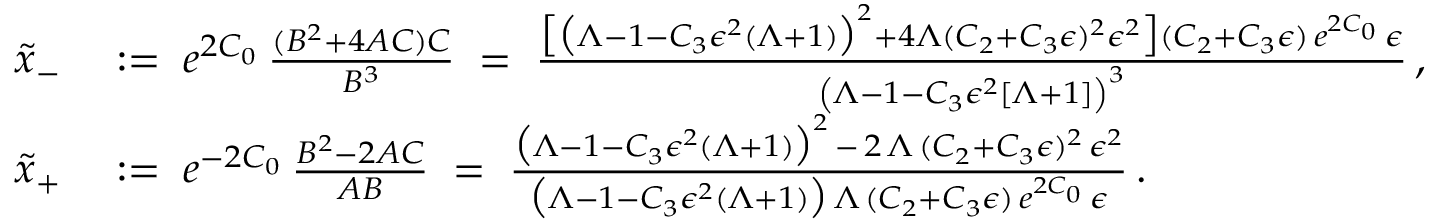
\begin{array} { r l } { \widetilde { x } _ { - } } & { \; : = \; e ^ { 2 C _ { 0 } } \, \frac { ( B ^ { 2 } + 4 A C ) C } { B ^ { 3 } } \; = \; \frac { \big [ \big ( \Lambda - 1 - C _ { 3 } \epsilon ^ { 2 } ( \Lambda + 1 ) \big ) ^ { 2 } + 4 \Lambda ( C _ { 2 } + C _ { 3 } \epsilon ) ^ { 2 } \epsilon ^ { 2 } \big ] ( C _ { 2 } + C _ { 3 } \epsilon ) \, e ^ { 2 C _ { 0 } } \, \epsilon } { \left( \Lambda - 1 - C _ { 3 } \epsilon ^ { 2 } \left[ \Lambda + 1 \right] \right) ^ { 3 } } \, , } \\ { \widetilde { x } _ { + } } & { \; : = \; e ^ { - 2 C _ { 0 } } \, \frac { B ^ { 2 } - 2 A C } { A B } \; = \; \frac { \big ( \Lambda - 1 - C _ { 3 } \epsilon ^ { 2 } ( \Lambda + 1 ) \big ) ^ { 2 } \, - \, 2 \, \Lambda \, ( C _ { 2 } + C _ { 3 } \epsilon ) ^ { 2 } \, \epsilon ^ { 2 } } { \big ( \Lambda - 1 - C _ { 3 } \epsilon ^ { 2 } ( \Lambda + 1 ) \big ) \, \Lambda \, ( C _ { 2 } + C _ { 3 } \epsilon ) \, e ^ { 2 C _ { 0 } } \, \epsilon } \, . } \end{array}